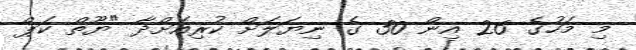
މި މަހުގެ 26 އިން 30 ގެ ނިޔަލަށް ކުރިއަށްދާ "ޔޫތް ކަޕް